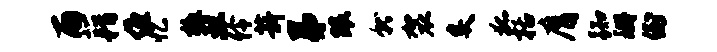
雨藉缠忆檄丑伶薪弟眼就袈炙狐括膺踟珊倒